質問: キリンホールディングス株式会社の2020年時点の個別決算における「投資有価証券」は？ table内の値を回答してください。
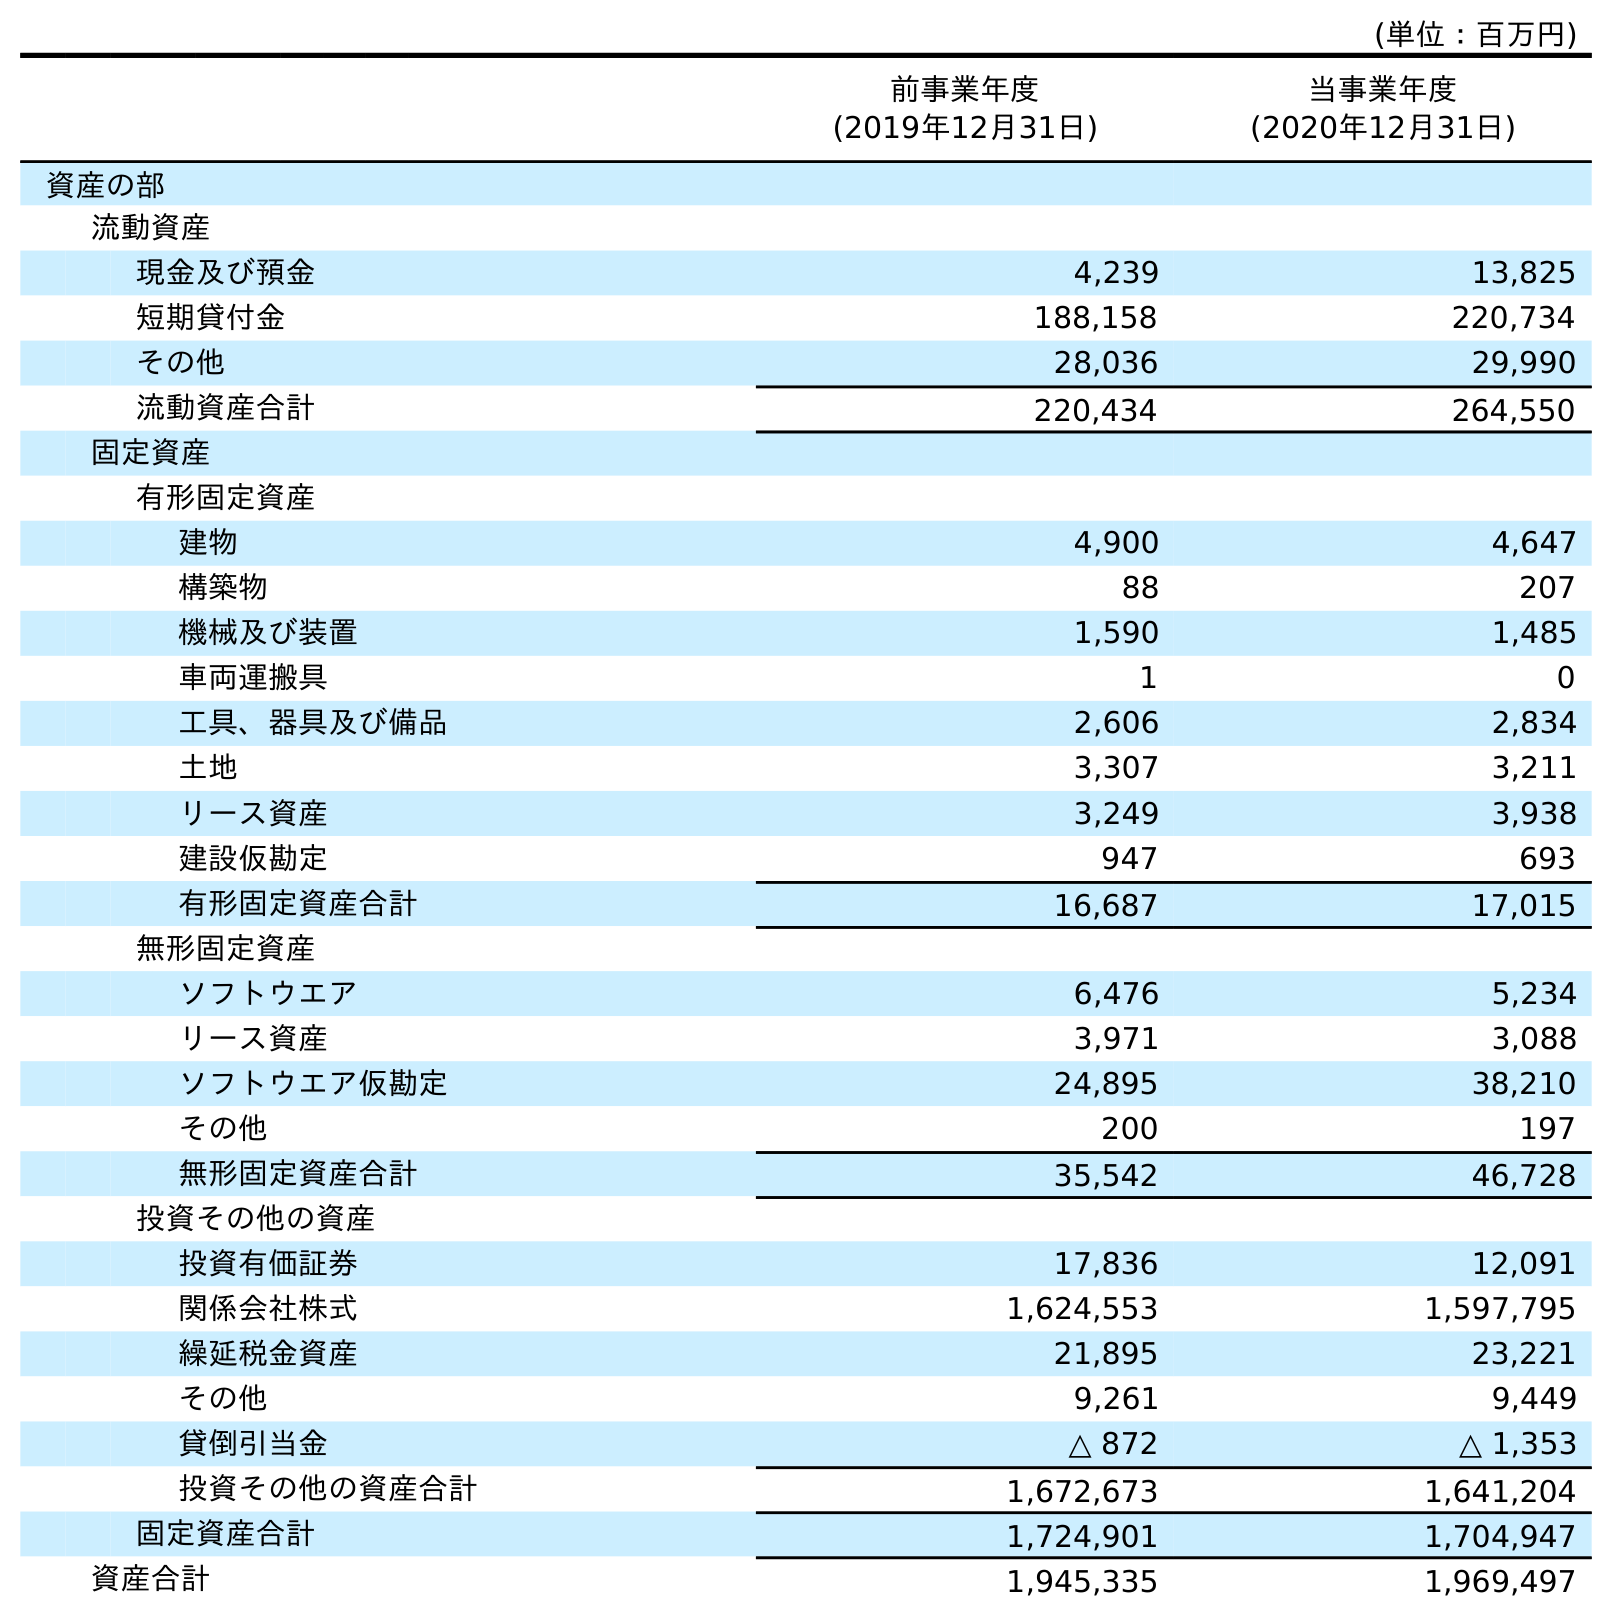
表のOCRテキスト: (単位：百万円) 前事業年度 (2019年12月31日) 当事業年度 (2020年12月31日) 資産の部 流動資産 現金及び預金 4,239 13,825 短期貸付金 188,158 220,734 その他 28,036 29,990 流動資産合計 220,434 264,550 固定資産 有形固定資産 建物 4,900 4,647 構築物 88 207 機械及び装置 1,590 1,485 車両運搬具 1 0 工具、器具及び備品 2,606 2,834 土地 3,307 3,211 リース資産 3,249 3,938 建設仮勘定 947 693 有形固定資産合計 16,687 17,015 無形固定資産 ソフトウエア 6,476 5,234 リース資産 3,971 3,088 ソフトウエア仮勘定 24,895 38,210 その他 200 197 無形固定資産合計 35,542 46,728 投資その他の資産 投資有価証券 17,836 12,091 関係会社株式 1,624,553 1,597,795 繰延税金資産 21,895 23,221 その他 9,261 9,449 貸倒引当金 △ 872 △ 1,353 投資その他の資産合計 1,672,673 1,641,204 固定資産合計 1,724,901 1,704,947 資産合計 1,945,335 1,969,497
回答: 12,091